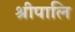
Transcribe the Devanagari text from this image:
श्रीपालि